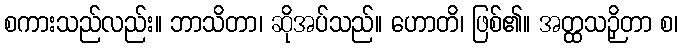
စကားသည်လည်း။ ဘာသိတာ၊ ဆိုအပ်သည်။ ဟောတိ၊ ဖြစ်၏။ အတ္ထသဉှိတာ စ၊